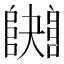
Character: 𨼱